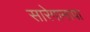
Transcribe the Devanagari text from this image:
सारेगामापा